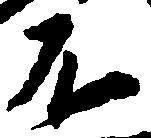
不